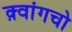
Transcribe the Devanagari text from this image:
क़्वांगचो